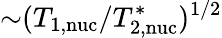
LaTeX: {\sim}(T_{\mathrm{1,nuc}}/T_{\mathrm{2,nuc}}^{\ast})^{1/2}